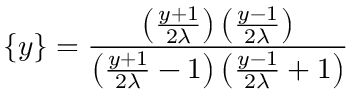
\{ y \} = \frac { \left( \frac { y + 1 } { 2 \lambda } \right) \left( \frac { y - 1 } { 2 \lambda } \right) } { \left( \frac { y + 1 } { 2 \lambda } - 1 \right) \left( \frac { y - 1 } { 2 \lambda } + 1 \right) }